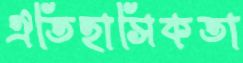
ঐতিহাসিকতা